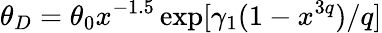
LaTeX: \theta_{D}=\theta_{0}x^{-1.5}\exp[\gamma_{1}(1-x^{3q})/q]